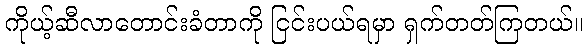
ကိုယ့်ဆီလာတောင်းခံတာကို ငြင်းပယ်ရမှာ ရှက်တတ်ကြတယ်။